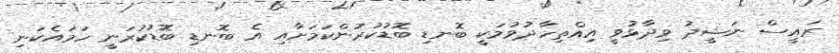
ރައީސް ނަޝީދު ވިދާޅުވީ އިއްތިހާދުވުމަކީ ބޮނޑި ބޮޑުކުރުންކަމަށާއި އެ ބޮނޑި ބޮޑުކުރަނީ ހަމައެކަނި